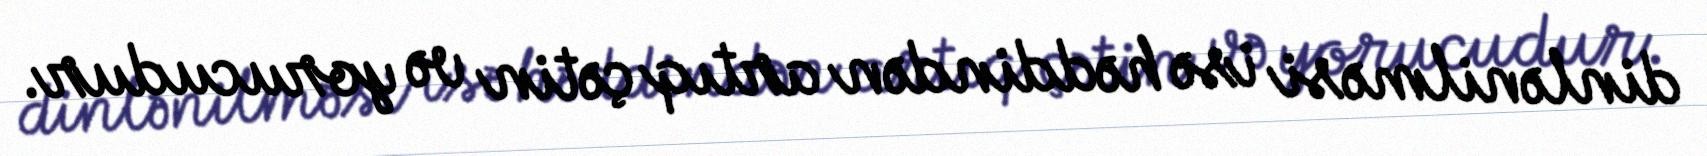
dinlənilməsi isə həddindən artıq çətin və yorucudur.